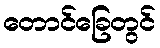
တောင်ခြေတွင်